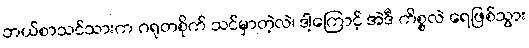
ဘယ်စာသင်သားက ဂရုတစိုက် သင်မှာတဲ့လဲ၊ ဒါ့ကြောင့် အဲဒီ ကိစ္စလဲ ရေဖြစ်သွား